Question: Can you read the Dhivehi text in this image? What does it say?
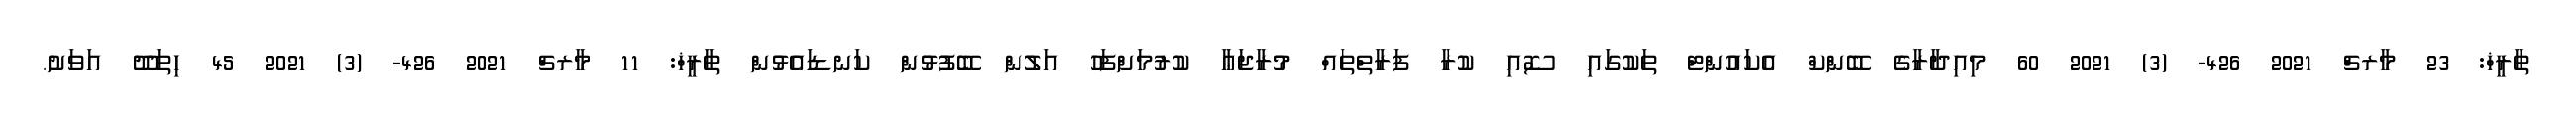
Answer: ތާރީޚް: 23 މާރޗް 2021 426- (3) 2021 60 މިއިދާރާގެ ބޭންކް އެކައުންޓް ތަކުގައި ސޮއި ކުރާ ފަރާތްތައް މުރާޖަޢާ ކުރުމަށްފަހު އަލުން ބޭފުޅުން ކަނޑައެޅުން ތާރީޚް: 11 މާރޗް 2021 426- (3) 2021 45 ހިތަދޫ އަވަށު.